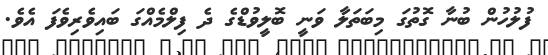
ފުލުހުން ބުނާ ގޮތުގަ މިބަތަލާ ވަނީ ބޮލީވުޑްގެ ދެ ފިލްމެއްގަ ބައިވެރިވެފަ އެވެ.